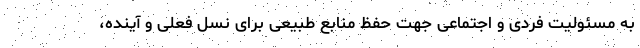
به مسئولیت فردی و اجتماعی جهت حفظ منابع طبیعی برای نسل فعلی و آینده،